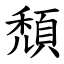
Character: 頹